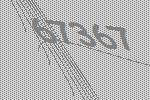
67367